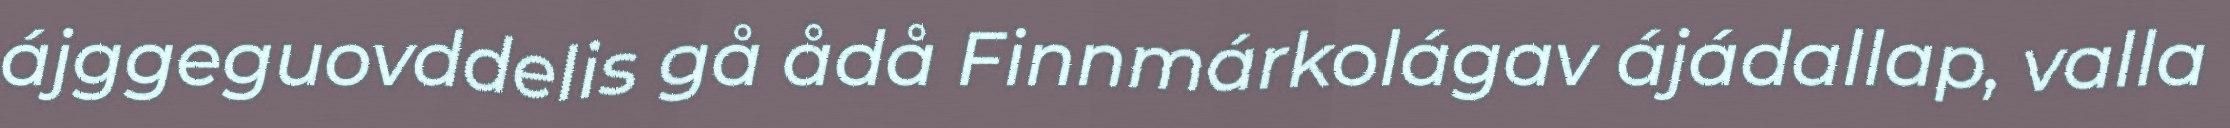
ájggeguovddelis gå ådå Finnmárkolágav ájádallap, valla